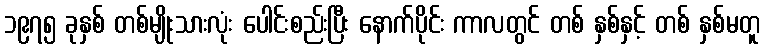
၁၉၇၅ ခုနှစ် တစ်မျိုးသားလုံး ပေါင်းစည်းပြီး နောက်ပိုင်း ကာလတွင် တစ် နှစ်နှင့် တစ် နှစ်မတူ